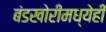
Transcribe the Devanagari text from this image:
बंडखोरीमध्येही